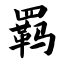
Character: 羁